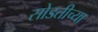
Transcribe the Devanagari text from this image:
सोडतीच्या